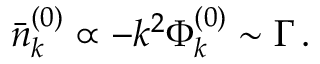
\begin{array} { r } { \bar { n } _ { k } ^ { ( 0 ) } \propto - k ^ { 2 } \Phi _ { k } ^ { ( 0 ) } \sim \Gamma \, . } \end{array}